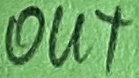
Text: OUT